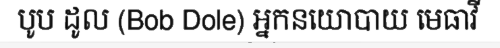
បូប ដូល (Bob Dole) អ្នកនយោបាយ មេធាវី